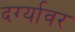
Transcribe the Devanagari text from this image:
दर्ग्यावर